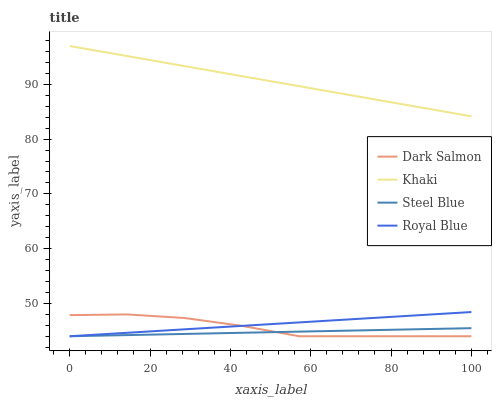
| xaxis_label | Dark Salmon | Khaki | Steel Blue | Royal Blue |
 | --- | --- | --- | --- | --- |
 | 0 | 47.9 | 97 | 44 | 44 |
 | 14.3 | 48 | 95.2 | 44.2 | 44.6 |
 | 28.6 | 47.3 | 93.3 | 44.4 | 45.3 |
 | 42.9 | 45.9 | 91.5 | 44.6 | 45.9 |
 | 57.1 | 44 | 89.7 | 44.8 | 46.5 |
 | 71.4 | 44 | 87.8 | 45.1 | 47.2 |
 | 85.7 | 44 | 86 | 45.3 | 47.8 |
 | 100 | 44 | 84.2 | 45.5 | 48.4 |